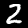
Label: 2